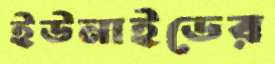
ইউনাইডের